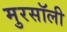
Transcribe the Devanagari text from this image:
मुरसॉली